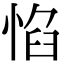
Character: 惂